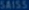
sains